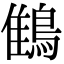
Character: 䳡